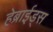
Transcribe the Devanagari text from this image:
हेब्राईड्स